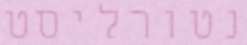
נטורליסט